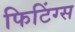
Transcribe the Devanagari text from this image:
फिटिंग्स